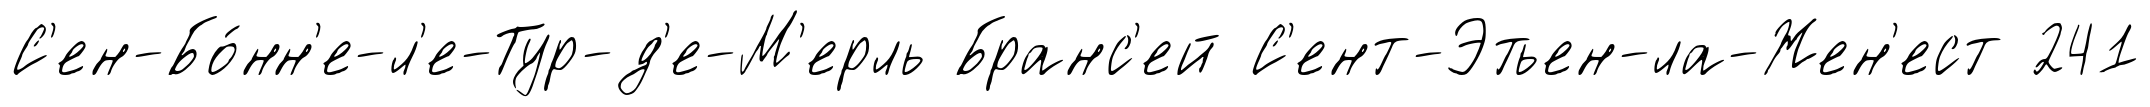
С'ен-Бо́нн'е-л'е-Тур-д'е-М'ерль Бранс'ей С'ент-Этьен-ла-Жен'ест 241